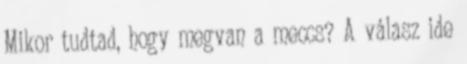
Mikor tudtad, hogy megvan a meccs? A válasz ide